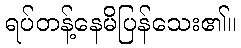
ရပ်တန့်နေမိပြန်သေး၏။